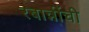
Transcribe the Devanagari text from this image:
रबान्नींची